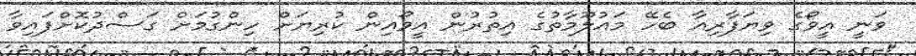
ވަނީ އީވޯގެ ވިޔަފާރިއާ ބެހޭ މައުލޫމާތުގެ އިތުރުން އީވޯއިން ކުރިޔަށް ހިންގުމަށް ގަސްދުކޮށްފައިވާ